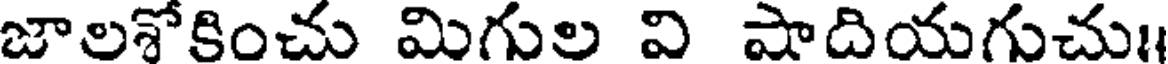
జాలశోకించు మిగుల వి షాదియగుచు